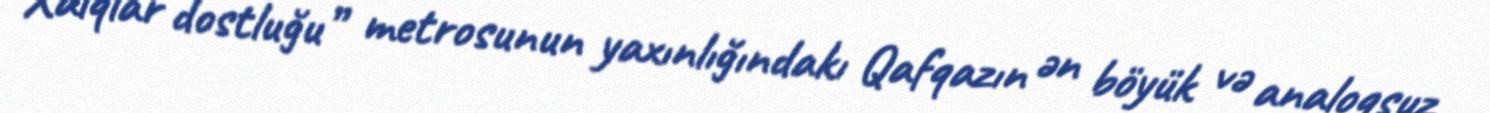
“Xalqlar dostluğu” metrosunun yaxınlığındakı Qafqazın ən böyük və analoqsuz